Annual administration report of the Civil Veterinary Department of India - 1894-1895
Year: 1894
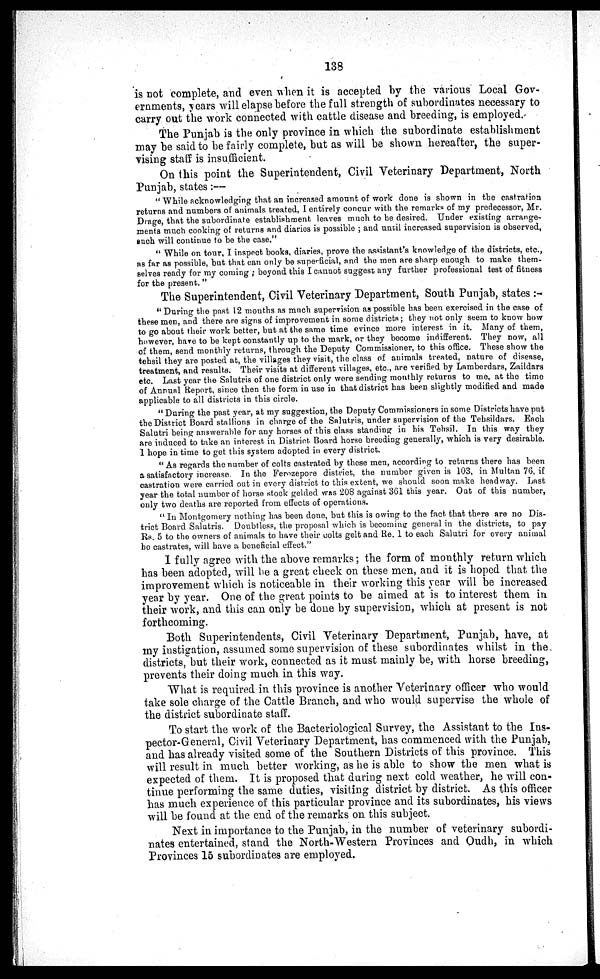
138
is not complete, and even when it is accepted by the various Local Gov-
ernments, years will elapse before the full strength of subordinates necessary to
carry out the work connected with cattle disease and breeding, is employed.
The Punjab is the only province in which the subordinate establishment
may be said to be fairly complete, but as will be shown hereafter, the super-
vising staff is insufficient.
On this point the Superintendent, Civil Veterinary Department, North
Punjab, states :—
" While acknowledging that an increased amount of work done is shown in the castration
returns and numbers of animals treated, I entirely concur with the remarks of my predecessor, Mr.
Drage, that the subordinate establishment leaves much to be desired. Under existing arrange-
ments much cooking of returns and diaries is possible ; and until increased supervision is observed,
such will continue to be the case."
" While on tour, I inspect books, diaries, prove the assistant's knowledge of the districts, etc.,
as far as possible, but that can only be superficial, and the men are sharp enough to make them-
selves ready for my coming ; boyond this I cannot suggest any further professional test of fitness
for the present. "
The Superintendent, Civil Veterinary Department, South Punjab, states :-
"During the past 12 mouths as much supervision as possible has been exercised in the case of
these men, and there are signs of improvement in some districts; they not only seem to know how
to go about their work better, but at the same time evince more interest, in it. Many of them,
however, have to be kept constantly up to the mark, or they become indifferent. They now, all
of them, send monthly returns, through the Deputy Commissioner, to this office. These show the
tehsil they are posted at, the villages they visit, the class of animals treated, nature of disease,
treatment, and results. Their visits at different villages, etc., are verified by Lamberdars, Zaildars
etc. Last year the Salutris of one district only were sending monthly returns to me, at the time
of Annual Report, since then the form in use in that district has been slightly modified and made
applicable to all districts in this circle.
" During the past year, at my suggestion, the Deputy Commissioners in some Districts have put
the District Board stallions in charge of the Salutris, under supervision of the Tehsildars. Each
Salutri being answerable for any horses of this class standing in his Tehsil. In this way they
are induced to take an interest in District Board horse breeding generally, which is very desirable.
1 hope in time to get this system adopted in every district.
" As regards the number of colts castrated by these men, according to returns there has been
a satisfactory increase. In the Ferozepore district, the number given is 103, in Multan 76, if
castration were carried out in every district to this extent, we should soon make headway. Last
year the total number of horse stock gelded was 208 against 361 this year. Out of this number,
only two deaths are reported from effects of operations.
" In Montgomery nothing has been done, but this is owing to the fact that there are no Dis-
trict Board Salutris. Doubtless, the proposal which is becoming: general in the districts, to pay
Rs. 5 to the owners of animals to have their colts gelt and Re. 1 to each Salutri for every animal
be castrates, will have a beneficial effect."
I fully agree with the above remarks; the form of monthly return which
has been adopted, will be a great check on these men, and it is hoped that the
improvement which is noticeable in their working this year will be increased
year by year. One of the great points to be aimed at is to interest them in
their work, and this can only be done by supervision, which at present is not
forthcoming.
Both Superintendents, Civil Veterinary Department, Punjab, have, at
my instigation, assumed some supervision of these subordinates whilst in the
districts, but their work, connected as it must mainly be, with horse breeding,
prevents their doing much in this way.
What is required in this province is another Veterinary officer who would
take sole charge of the Cattle Branch, and who would supervise the whole of
the district subordinate staff.
To start the work of the Bacteriological Survey, the Assistant to the Ins-
pector-General, Civil Veterinary Department, has commenced with the Punjab,
and has already visited some of the Southern Districts of this province. This
will result in much better working, as he is able to show the men what is
expected of them. It is proposed that during next cold weather, he will con-
tinue performing the same duties, visiting district by district. As this officer
has much experience of this particular province and its subordinates, his views
will be found at the end of the remarks on this subject.
Next in importance to the Punjab, in the number of veterinary subordi-
nates entertained, stand the North-Western Provinces and Oudh, in which
Provinces 15 subordinates are employed.